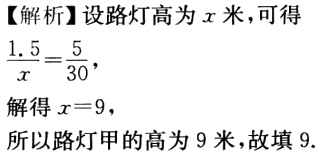
【解析】设路灯高为\(x\)米，可得

\(\frac{1.5}{x}=\frac{5}{30}\)，

解得\(x = 9\)，

所以路灯甲的高为\(9\)米，故填\(9\).